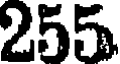
255